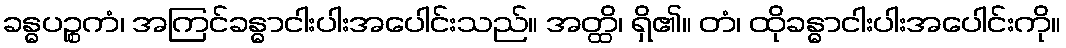
ခန္ဓပဉ္စကံ၊ အကြင်ခန္ဓာငါးပါးအပေါင်းသည်။ အတ္ထိ၊ ရှိ၏။ တံ၊ ထိုခန္ဓာငါးပါးအပေါင်းကို။